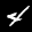
Label: 4